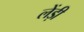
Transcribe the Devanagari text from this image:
लेंड़ी